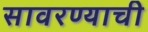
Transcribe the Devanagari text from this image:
सावरण्याची